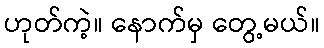
ဟုတ်ကဲ့။ နောက်မှ တွေ့မယ်။